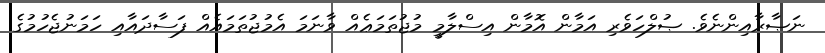
ނަޞާރާއިންނެވެ. ޞުލްހަވެރި އަމާން އޮމާން އިސްލާމީ މުޖުތަމަޢެއް ވާނަމަ އެމުޖުތަމައެއް ފަސާދައާއި ހަމަނުޖެހުމުގެ